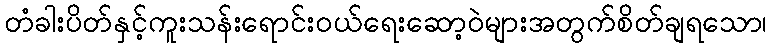
တံခါးပိတ်နှင့်ကူးသန်းရောင်းဝယ်ရေးဆော့ဝဲများအတွက်စိတ်ချရသော၊